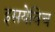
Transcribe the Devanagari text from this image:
इसयेविच